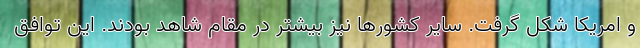
و امریکا شکل گرفت. سایر کشورها نیز بیشتر در مقام شاهد بودند. این توافق